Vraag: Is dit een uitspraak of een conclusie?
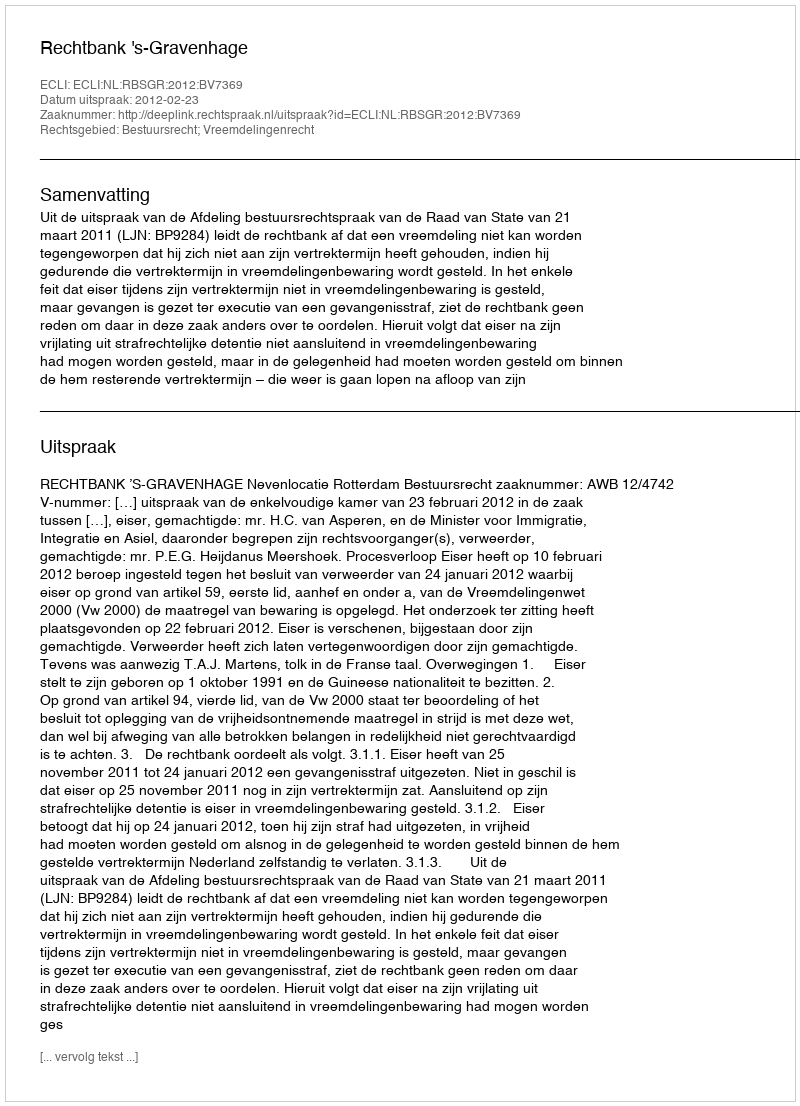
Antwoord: Uitspraak